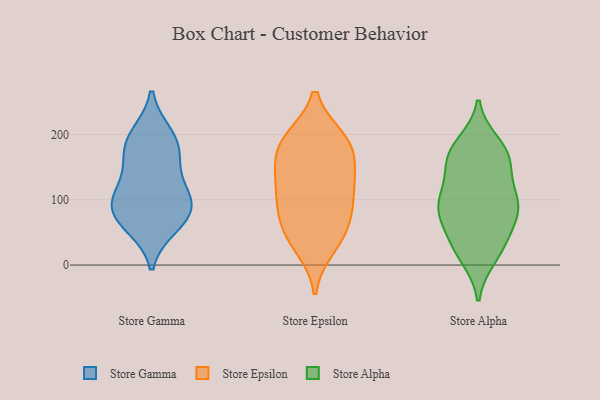
{"axis": {"x": "Operating Costs (USD K)", "y": "Value"}, "legend": ["Store Alpha", "Store Epsilon", "Store Gamma"], "data": [{"x": "", "y": 165, "type": "Store Gamma"}, {"x": "", "y": 60, "type": "Store Gamma"}, {"x": "", "y": 106, "type": "Store Gamma"}, {"x": "", "y": 194, "type": "Store Gamma"}, {"x": "", "y": 199, "type": "Store Gamma"}, {"x": "", "y": 125, "type": "Store Gamma"}, {"x": "", "y": 95, "type": "Store Gamma"}, {"x": "", "y": 95, "type": "Store Gamma"}, {"x": "", "y": 68, "type": "Store Gamma"}, {"x": "", "y": 77, "type": "Store Gamma"}, {"x": "", "y": 171, "type": "Store Gamma"}, {"x": "", "y": 51, "type": "Store Epsilon"}, {"x": "", "y": 190, "type": "Store Epsilon"}, {"x": "", "y": 111, "type": "Store Epsilon"}, {"x": "", "y": 28, "type": "Store Epsilon"}, {"x": "", "y": 43, "type": "Store Epsilon"}, {"x": "", "y": 133, "type": "Store Epsilon"}, {"x": "", "y": 193, "type": "Store Epsilon"}, {"x": "", "y": 136, "type": "Store Epsilon"}, {"x": "", "y": 192, "type": "Store Epsilon"}, {"x": "", "y": 175, "type": "Store Epsilon"}, {"x": "", "y": 72, "type": "Store Epsilon"}, {"x": "", "y": 160, "type": "Store Epsilon"}, {"x": "", "y": 86, "type": "Store Epsilon"}, {"x": "", "y": 103, "type": "Store Epsilon"}, {"x": "", "y": 103, "type": "Store Alpha"}, {"x": "", "y": 170, "type": "Store Alpha"}, {"x": "", "y": 79, "type": "Store Alpha"}, {"x": "", "y": 103, "type": "Store Alpha"}, {"x": "", "y": 13, "type": "Store Alpha"}, {"x": "", "y": 185, "type": "Store Alpha"}, {"x": "", "y": 23, "type": "Store Alpha"}, {"x": "", "y": 83, "type": "Store Alpha"}, {"x": "", "y": 163, "type": "Store Alpha"}, {"x": "", "y": 87, "type": "Store Alpha"}, {"x": "", "y": 76, "type": "Store Alpha"}, {"x": "", "y": 98, "type": "Store Alpha"}, {"x": "", "y": 140, "type": "Store Alpha"}, {"x": "", "y": 161, "type": "Store Alpha"}, {"x": "", "y": 40, "type": "Store Alpha"}, {"x": "", "y": 172, "type": "Store Alpha"}, {"x": "", "y": 31, "type": "Store Alpha"}]}